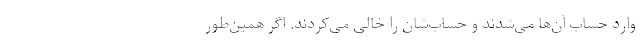
وارد حساب آن‌ها می‌شدند و حساب‌شان را خالی می‌کردند. اگر همین‌طور